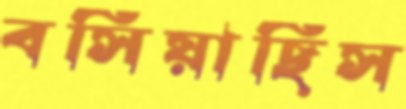
বসিয়াছিস